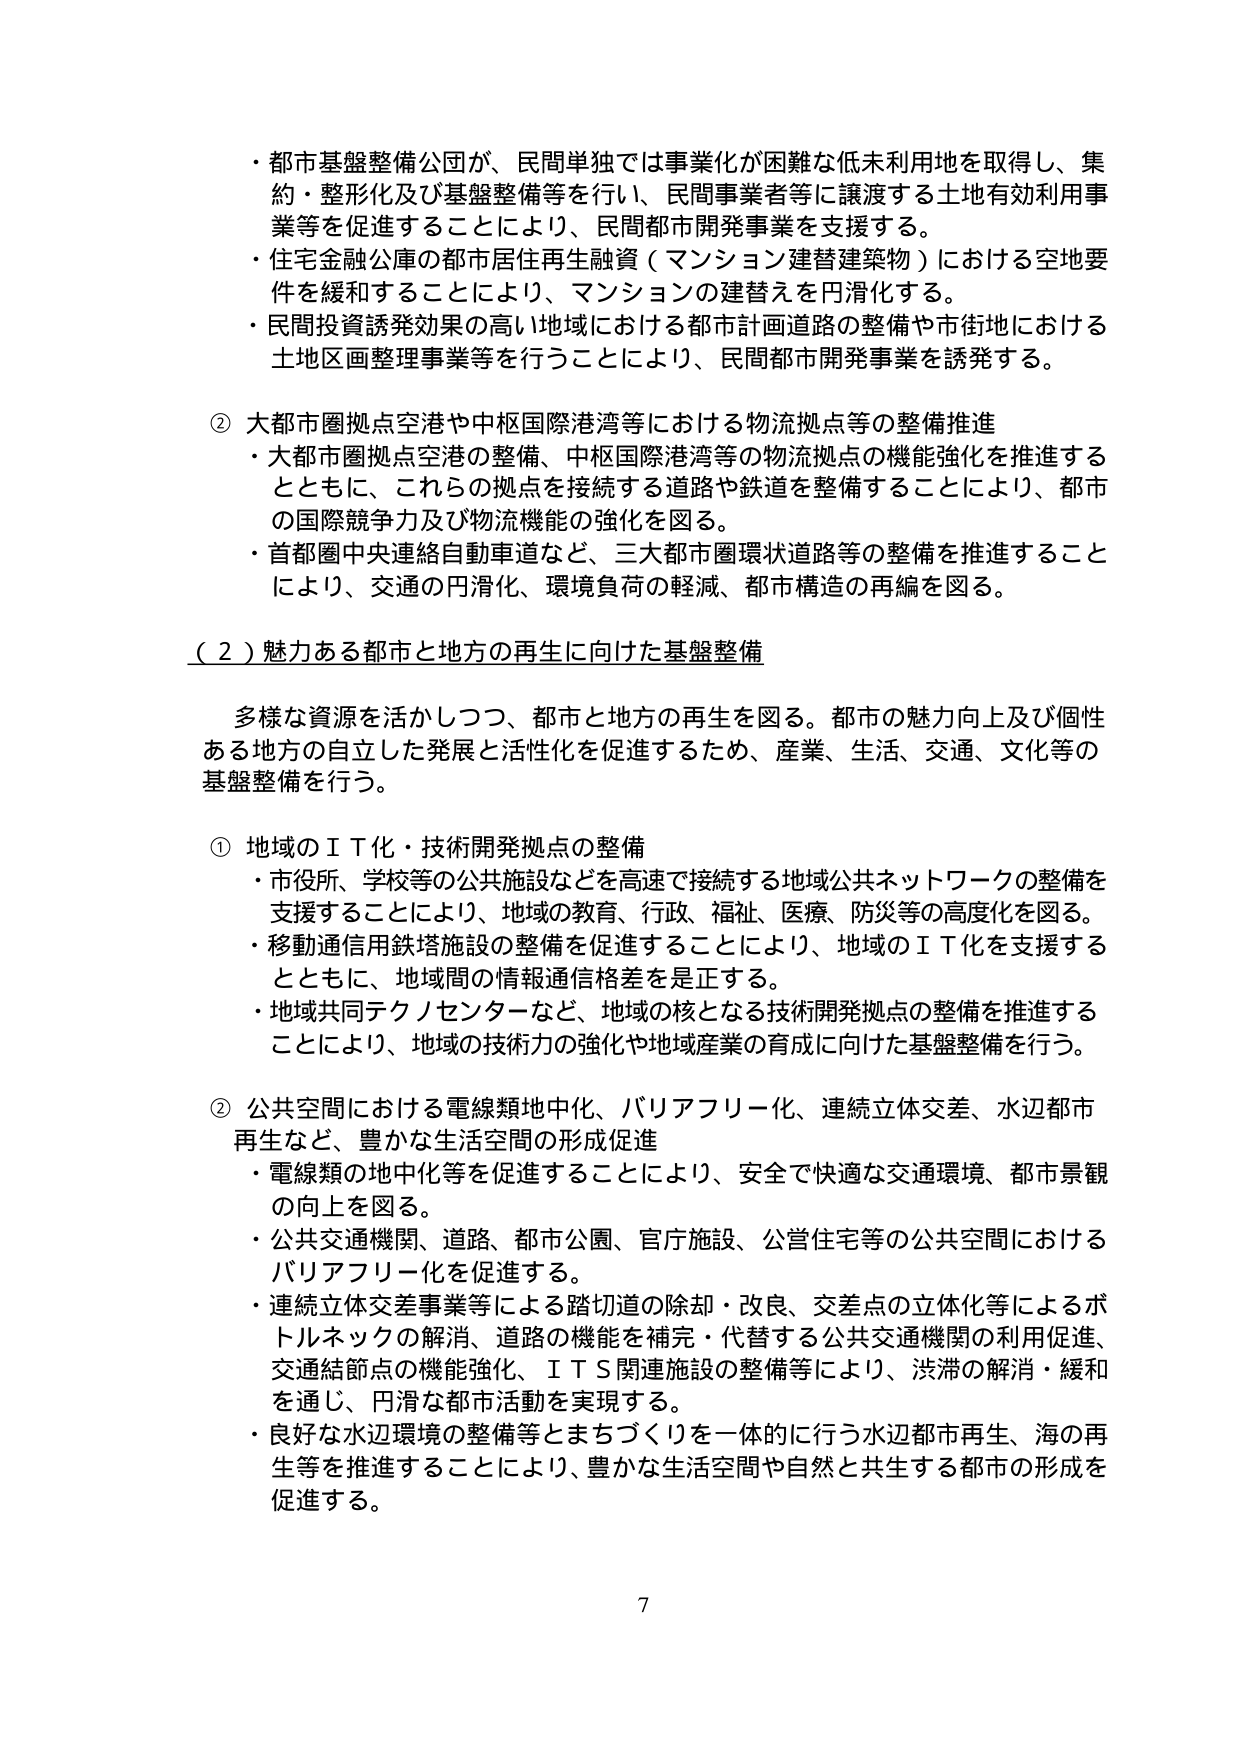
・都市基盤整備公団が、民間単独では事業化が困難な低未利用地を取得し、集約・整形化及び基盤整備等を行い、民間事業者等に譲渡する土地有効利用事業等を促進することにより、民間都市開発事業を支援する。
・住宅金融公庫の都市居住再生融資（マンション建替建築物）における空地要件を緩和することにより、マンションの建替えを円滑化する。
・民間投資誘発効果の高い地域における都市計画道路の整備や市街地における土地区画整理事業等を行うことにより、民間都市開発事業を誘発する。

② 大都市圏拠点空港や中枢国際港湾等における物流拠点等の整備推進
・大都市圏拠点空港の整備、中枢国際港湾等の物流拠点の機能強化を推進するとともに、これらの拠点を接続する道路や鉄道を整備することにより、都市の国際競争力及び物流機能の強化を図る。
・首都圏中央連絡自動車道など、三大都市圏環状道路等の整備を推進することにより、交通の円滑化、環境負荷の軽減、都市構造の再編を図る。

（２）魅力ある都市と地方の再生に向けた基盤整備

多様な資源を活かしつつ、都市と地方の再生を図る。都市の魅力向上及び個性ある地方の自立した発展と活性化を促進するため、産業、生活、交通、文化等の基盤整備を行う。

① 地域のＩＴ化・技術開発拠点の整備
・市役所、学校等の公共施設などを高速で接続する地域公共ネットワークの整備を支援することにより、地域の教育、行政、福祉、医療、防災等の高度化を図る。
・移動通信用鉄塔施設の整備を促進することにより、地域のＩＴ化を支援するとともに、地域間の情報通信格差を是正する。
・地域共同テクノセンターなど、地域の核となる技術開発拠点の整備を推進することにより、地域の技術力の強化や地域産業の育成に向けた基盤整備を行う。

② 公共空間における電線類地中化、バリアフリー化、連続立体交差、水辺都市再生など、豊かな生活空間の形成促進
・電線類の地中化等を促進することにより、安全で快適な交通環境、都市景観の向上を図る。
・公共交通機関、道路、都市公園、官庁施設、公営住宅等の公共空間におけるバリアフリー化を促進する。
・連続立体交差事業等による踏切道の除却・改良、交差点の立体化等によるボトルネックの解消、道路の機能を補完・代替する公共交通機関の利用促進、交通結節点の機能強化、ＩＴＳ関連施設の整備等により、渋滞の解消・緩和を適じ、円滑な都市活動を実現する。
・良好な水辺環境の整備等とまちづくりを一体的に行う水辺都市再生、海の再生等を推進することにより、豊かな生活空間や自然と共生する都市の形成を促進する。

7